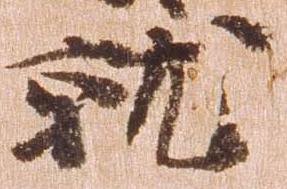
就